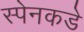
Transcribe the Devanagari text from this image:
स्पेनकडे